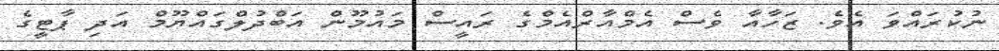
ނުކުރައްވަ އެވެ. ޒަހާއާ ވެސް އެމްއާރްއެމްގެ ރައީސް މައުމޫން އަބްދުލްގައްޔޫމް އަދި ޕާޓީގެ